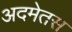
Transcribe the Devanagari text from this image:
अदमेतस